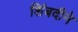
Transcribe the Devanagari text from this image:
शिंबदीने